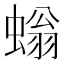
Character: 螉